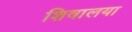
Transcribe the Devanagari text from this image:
शिवालया